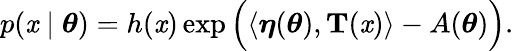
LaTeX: p(\mathit{x}\mid{\boldsymbol{\theta}})=h(\mathit{x})\exp{\Big(}\langle{\boldsymbol{\eta}}({\boldsymbol{\theta}}),\mathbf{{T}}(\mathit{x})\rangle-A({\boldsymbol{\theta}}){\Big)}.